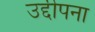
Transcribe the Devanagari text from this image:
उद्दीपना